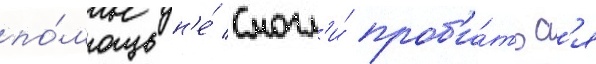
по́мощь н'е́ смогл'и́ проб'и́тьс'я